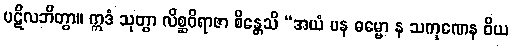
ပဋိလဘိတွာ။ ဣဒံ သုတွာ လိစ္ဆဝိရာဇာ စိန္တေသိ “အယံ ပန ဓမ္မော န သကုဏေန ဝိယ